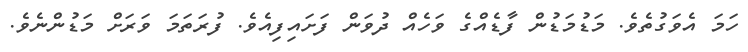
ހަމަ އެވަގުތެވެ. މަޑުމަޑުން ފާޑެއްގެ ވަހެއް ދުވަން ފަށައިފިއެވެ. ފުރަތަމަ ވަރަށް މަޑުންނެވެ.